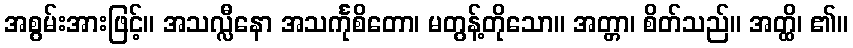
အစွမ်းအားဖြင့်။ အသလ္လီနော အသင်္ကုစိတော၊ မတွန့်တိုသော။ အတ္တာ၊ စိတ်သည်။ အတ္ထိ၊ ၏။